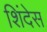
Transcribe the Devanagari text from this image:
शिंदेस